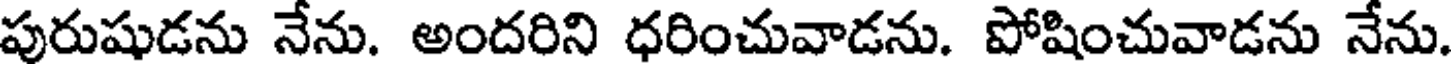
పురుషుడను నేను. అందరిని ధరించువాడను. పోషించువాడను నేను.